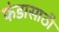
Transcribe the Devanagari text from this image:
फंडासाठी